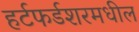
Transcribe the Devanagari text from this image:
हर्टफर्डशरमधील